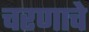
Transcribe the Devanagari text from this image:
चरणाचे